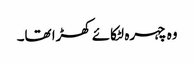
وہ چہرہ لٹکائے کھڑا تھا۔